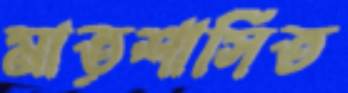
মাতৃশাসিত